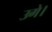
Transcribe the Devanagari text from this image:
उगे।